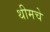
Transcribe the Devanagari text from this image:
थीमचे